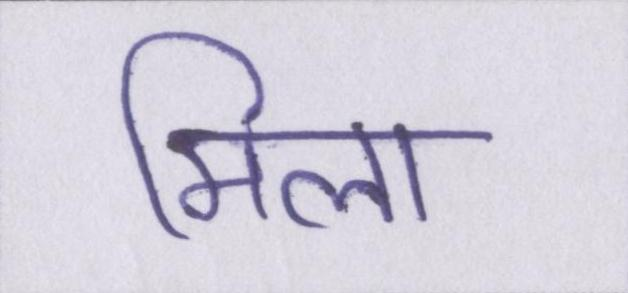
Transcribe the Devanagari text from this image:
मिला